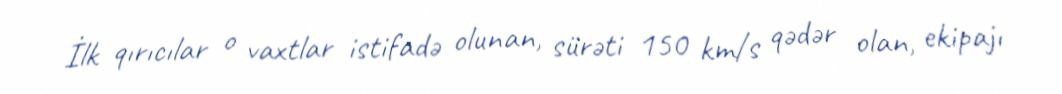
İlk qırıcılar o vaxtlar istifadə olunan, sürəti 150 km/s qədər olan, ekipajı